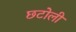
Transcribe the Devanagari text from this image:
छटोली